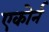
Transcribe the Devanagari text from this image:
एकोर्न